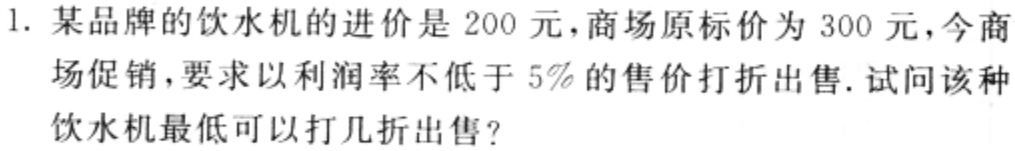
1. 某品牌的饮水机的进价是200元，商场原标价为300元，今商场促销，要求以利润率不低于5%的售价打折出售. 试问该种饮水机最低可以打几折出售.